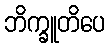
ဘိက္ခူတိပေ